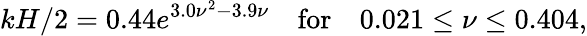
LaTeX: kH/2=0.44e^{3.0\nu^{2}-3.9\nu}\quad\textrm{for}\quad 0.021\leq\nu\leq 0.404,